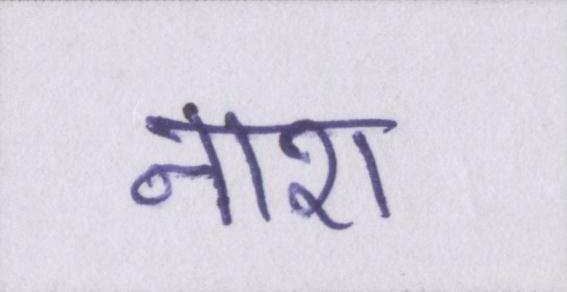
नाश